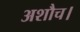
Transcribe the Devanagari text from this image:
अशौच।